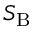
S _ { \mathrm { B } }